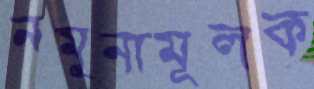
নমুনামূলক